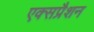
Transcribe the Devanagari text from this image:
एक्सप्रैशन